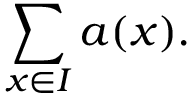
\sum _ { x \in I } a ( x ) .